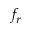
f _ { r }